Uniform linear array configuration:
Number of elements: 64
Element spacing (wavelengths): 0.5
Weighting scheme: hann
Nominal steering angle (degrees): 15
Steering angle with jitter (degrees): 16.892
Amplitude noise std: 0.05
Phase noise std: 0.05

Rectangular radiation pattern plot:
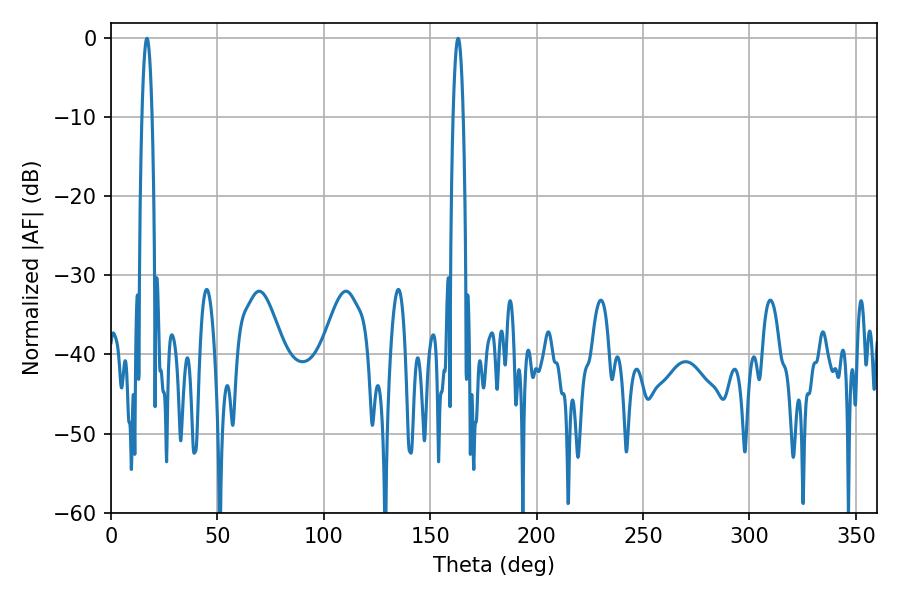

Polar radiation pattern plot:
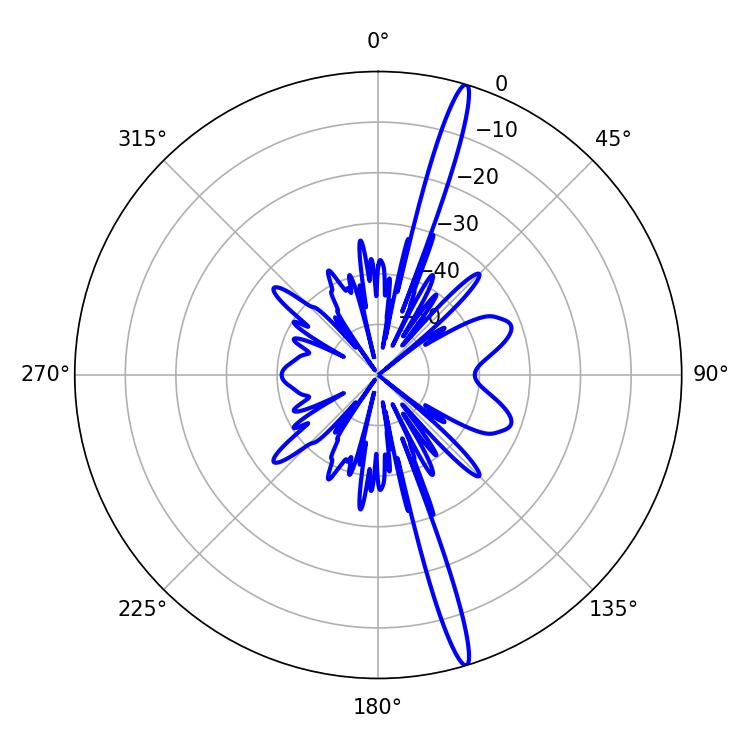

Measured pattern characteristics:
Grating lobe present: FALSE
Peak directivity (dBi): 18.338
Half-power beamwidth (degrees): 2.52
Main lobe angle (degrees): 16.92